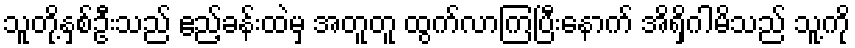
သူတို့နှစ်ဦးသည် ဧည့်ခန်းထဲမှ အတူတူ ထွက်လာကြပြီးနောက် အိရှိဂါမိသည် သူ့ကို